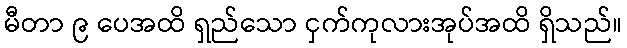
မီတာ ၉ ပေအထိ ရှည်သော ငှက်ကုလားအုပ်အထိ ရှိသည်။